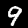
Label: 9